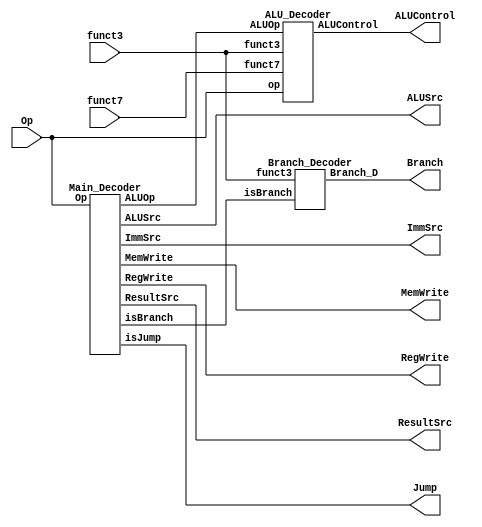

module Control_Unit_1(
    input [6:0] Op,
    input [6:0] funct7,
    input [2:0] funct3,
    output RegWrite,
    output ALUSrc,
    output MemWrite,
    output [1:0] ResultSrc,
    output Jump,
    output [2:0] Branch,
    output [2:0] ImmSrc,
    output [3:0] ALUControl
);
    wire [1:0]ALUOp;
    wire isBranch;

    Main_Decoder Main_Decoder(
                .Op(Op),
                .RegWrite(RegWrite),
                .ImmSrc(ImmSrc),
                .MemWrite(MemWrite),
                .ResultSrc(ResultSrc),
                .isJump(Jump),
                .isBranch(isBranch),
                .ALUSrc(ALUSrc),
                .ALUOp(ALUOp)
    );


    Branch_Decoder BranchOp(
                .isBranch(isBranch), 
                .funct3(funct3), 
                .Branch_D(Branch)
    );


    ALU_Decoder ALU_Decoder(
                            .op(Op),
                            .funct3(funct3),
                            .funct7(funct7),
                            .ALUOp(ALUOp),
                            .ALUControl(ALUControl)
    );


endmodule








module Main_Decoder(Op,RegWrite,ImmSrc,ALUSrc,MemWrite,ResultSrc,isJump,isBranch,ALUOp);
    input [6:0]Op;
    output RegWrite, ALUSrc, MemWrite, isJump, isBranch;
    output [2:0] ImmSrc;
    output [1:0] ResultSrc;
    output [1:0] ALUOp;


    assign RegWrite = (Op == 7'b0100011 | Op == 7'b1100011 | Op == 7'b1110011) ? 1'b0 :
                                                              1'b1 ;

    assign ImmSrc = (Op == 7'b0010011 | Op == 7'b0000011 | Op == 7'b1100111 | Op == 7'b1110011) ? 3'b000 : 
                    (Op == 7'b0100011) ? 3'b001 :    
                    (Op == 7'b1100011) ? 3'b010 :    
                    (Op == 7'b0110111 | Op == 7'b0010111) ? 3'b011 :    
                                         3'b100 ;
    assign ALUSrc = (Op == 7'b0000011 | Op == 7'b0100011 | Op == 7'b0010011) ? 1'b1 :
                                                            1'b0 ;
    assign MemWrite = (Op == 7'b0100011) ? 1'b1 :
                                           1'b0 ;
    assign ResultSrc = (Op == 7'b0000011) ? 2'b01:
                       (Op == 7'b1101111 | Op == 7'b1100111) ? 2'b10:
                                            2'b00 ;
    assign isJump = (Op == 7'b1101111 | Op == 7'b1100111) ? 1'b1 :
                                                          1'b0 ;
                                         
    assign isBranch = (Op == 7'b1100011) ? 1'b1 :
                                         1'b0 ;

    assign ALUOp = (Op == 7'b0110011) ? 2'b00 :  // R-Type Arithmatic & Logical
                   (Op == 7'b0010011) ? 2'b01 :  // I - Type
                   (Op == 7'b1100011) ? 2'b10 :  // For Branch
                                        2'b11 ;

endmodule





module Branch_Decoder (isBranch, funct3, Branch_D);
    input isBranch;
    input [2:0] funct3;
    output [2:0] Branch_D;

    assign Branch_D = ((isBranch == 1'b1) & (funct3 == 3'b000)) ? 3'b001 :
                      ((isBranch == 1'b1) & (funct3 == 3'b001)) ? 3'b010 : 
                      ((isBranch == 1'b1) & (funct3 == 3'b100)) ? 3'b011 : 
                      ((isBranch == 1'b1) & (funct3 == 3'b101)) ? 3'b100 : 
                      ((isBranch == 1'b1) & (funct3 == 3'b110)) ? 3'b101 : 
                      ((isBranch == 1'b1) & (funct3 == 3'b111)) ? 3'b110 : 3'b000;
endmodule







module ALU_Decoder(ALUOp,funct3,funct7,op,ALUControl);

    input [1:0]ALUOp;
    input [2:0]funct3;
    input [6:0]funct7,op;
    output [3:0]ALUControl;

    // Method 1 
    // assign ALUControl = (ALUOp == 2'b00) ? 3'b000 :
    //                     (ALUOp == 2'b01) ? 3'b001 :
    //                     (ALUOp == 2'b10) ? ((funct3 == 3'b000) ? ((({op[5],funct7[5]} == 2'b00) | ({op[5],funct7[5]} == 2'b01) | ({op[5],funct7[5]} == 2'b10)) ? 3'b000 : 3'b001) : 
    //                                         (funct3 == 3'b010) ? 3'b101 : 
    //                                         (funct3 == 3'b110) ? 3'b011 : 
    //                                         (funct3 == 3'b111) ? 3'b010 : 3'b000) :
    //                                        3'b000;

    // Method 2
    // assign ALUControl = (ALUOp == 2'b00) ? 4'b0000 :
    //                     (ALUOp == 2'b01) ? 4'b0001 :
    //                     ((ALUOp == 2'b10) & (funct3 == 3'b000) & ({op[5],funct7[5]} == 2'b11)) ? 4'b0001 : 
    //                     ((ALUOp == 2'b10) & (funct3 == 3'b000) & ({op[5],funct7[5]} != 2'b11)) ? 4'b0000 : 
    //                     ((ALUOp == 2'b10) & (funct3 == 3'b010)) ? 4'b0101 : 
    //                     ((ALUOp == 2'b10) & (funct3 == 3'b110)) ? 4'b0011 : 
    //                     ((ALUOp == 2'b10) & (funct3 == 3'b111)) ? 4'b0010 : 
    //                                                               4'b0000 ;

    // My method
    assign ALUControl = ((ALUOp == 2'b00) & (funct3 == 3'b000) & (funct7 == 7'b0000000)) ? 4'b0000 : 
                        ((ALUOp == 2'b00) & (funct3 == 3'b000) & (funct7 == 7'b0100000)) ? 4'b0001 : 
                        ((ALUOp == 2'b00) & (funct3 == 3'b001) & (funct7 == 7'b0000000)) ? 4'b0101 : 
                        ((ALUOp == 2'b00) & (funct3 == 3'b010) & (funct7 == 7'b0000000)) ? 4'b1000 : 
                        ((ALUOp == 2'b00) & (funct3 == 3'b011) & (funct7 == 7'b0000000)) ? 4'b1001 : 
                        ((ALUOp == 2'b00) & (funct3 == 3'b100) & (funct7 == 7'b0000000)) ? 4'b0010 : 
                        ((ALUOp == 2'b00) & (funct3 == 3'b101) & (funct7 == 7'b0000000)) ? 4'b0110 : 
                        ((ALUOp == 2'b00) & (funct3 == 3'b101) & (funct7 == 7'b0100000)) ? 4'b0111 : 
                        ((ALUOp == 2'b00) & (funct3 == 3'b110) & (funct7 == 7'b0000000)) ? 4'b0011 : 
                        ((ALUOp == 2'b00) & (funct3 == 3'b111) & (funct7 == 7'b0000000)) ? 4'b0100 :

                        ((ALUOp == 2'b01) & (funct3 == 3'b000)) ? 4'b0000 : 
                        ((ALUOp == 2'b01) & (funct3 == 3'b001) & (funct7 == 7'b0000000)) ? 4'b0101 : 
                        ((ALUOp == 2'b01) & (funct3 == 3'b010)) ? 4'b1000 : 
                        ((ALUOp == 2'b01) & (funct3 == 3'b011)) ? 4'b1001 : 
                        ((ALUOp == 2'b01) & (funct3 == 3'b100)) ? 4'b0010 : 
                        ((ALUOp == 2'b01) & (funct3 == 3'b101) & (funct7 == 7'b0000000)) ? 4'b0110 : 
                        ((ALUOp == 2'b01) & (funct3 == 3'b101) & (funct7 == 7'b0100000)) ? 4'b0111 : 
                        ((ALUOp == 2'b01) & (funct3 == 3'b110)) ? 4'b0011 : 
                        ((ALUOp == 2'b01) & (funct3 == 3'b111)) ? 4'b0100 : 

                        (ALUOp == 2'b10) ? 4'b0001 :
                        (ALUOp == 2'b11) ? 4'b0000 :
                                                                  4'b0000 ;

endmodule






/*
module CONTROL(
    input [6:0] funct7,
    input [2:0] funct3,
    input [6:0] opcode,
    output reg [3:0] alu_control,
	 output reg [1:0] op2_fetch,
    output reg reg_write
);
    always @(funct3 or funct7 or opcode)
    begin
	    reg_write = 1;
		 
        case(opcode) 
		 7'b0110011:  begin   // R-type instructions
		   op2_fetch = 2'b00;
				case(funct7)
				7'b0000000: begin             //Shifting Operation
            case (funct3)
                0: alu_control = 4'b0000; // ADD
					 1: alu_control = 4'b0001; // SLL
					 2: alu_control = 4'b0010; // SLT signed
					 3: alu_control = 4'b0011; // SLT unsigned
					 4: alu_control = 4'b0100; // XOR
                5: alu_control = 4'b0101; // SRL
                6: alu_control = 4'b0110; // OR
                7: alu_control = 4'b0111; // AND 
            endcase
				end
				
				7'b0100000:begin                  //Arithmatic Operation (Addition, Subtraction)
					case(funct3)
				   3'b000: alu_control = 4'b1000; // SUB
				   3'b101: alu_control = 4'b1001; // SRA
					endcase
					end
					
				7'b0000001: begin                 //Arithmatic Operation (Multiply, Devide, Reminder)
				case(funct3)
				  3'b000: alu_control = 4'b1001;  //MUL [31:0]
				  3'b001: alu_control = 4'b1010;  //MUL HIGH [63:32]
				  3'b010: alu_control = 4'b1011;  //MUL HIGH [63:32] signed
				  3'b011: alu_control = 4'b1100;  //MUL HIGH [63:32] unsigned
				  3'b100: alu_control = 4'b1101;  //DIV signed
				  3'b101: alu_control = 4'b1110;  //DIV unsigned
				  3'b110: alu_control = 4'b1111;  //REMINDER signed
			  // 3'b111: alu_control = 4'b1011;  //REMINDER unsigned
				endcase
				end
				
			endcase
		end
		
	 7'b0010011: begin // I-type instructions
					 op2_fetch = 2'b01;
            case (funct3)
                0: alu_control = 4'b0000; // ADD
					 1: if(funct7 == 7'b0000000) alu_control = 4'b0001; // SLL
					 2: alu_control = 4'b0010; // SLT signed
					 3: alu_control = 4'b0011; // SLT unsigned
					 4: alu_control = 4'b0100; // XOR
                5: begin 
							case(funct7) 
								7'b0000000: alu_control = 4'b0101; // SRL
								7'b0100000: alu_control = 4'b1001; // SRA
							endcase
						 end
                6: alu_control = 4'b0110; // OR
                7: alu_control = 4'b0111; // AND 
            endcase
				end
				
				endcase
end

endmodule
*/